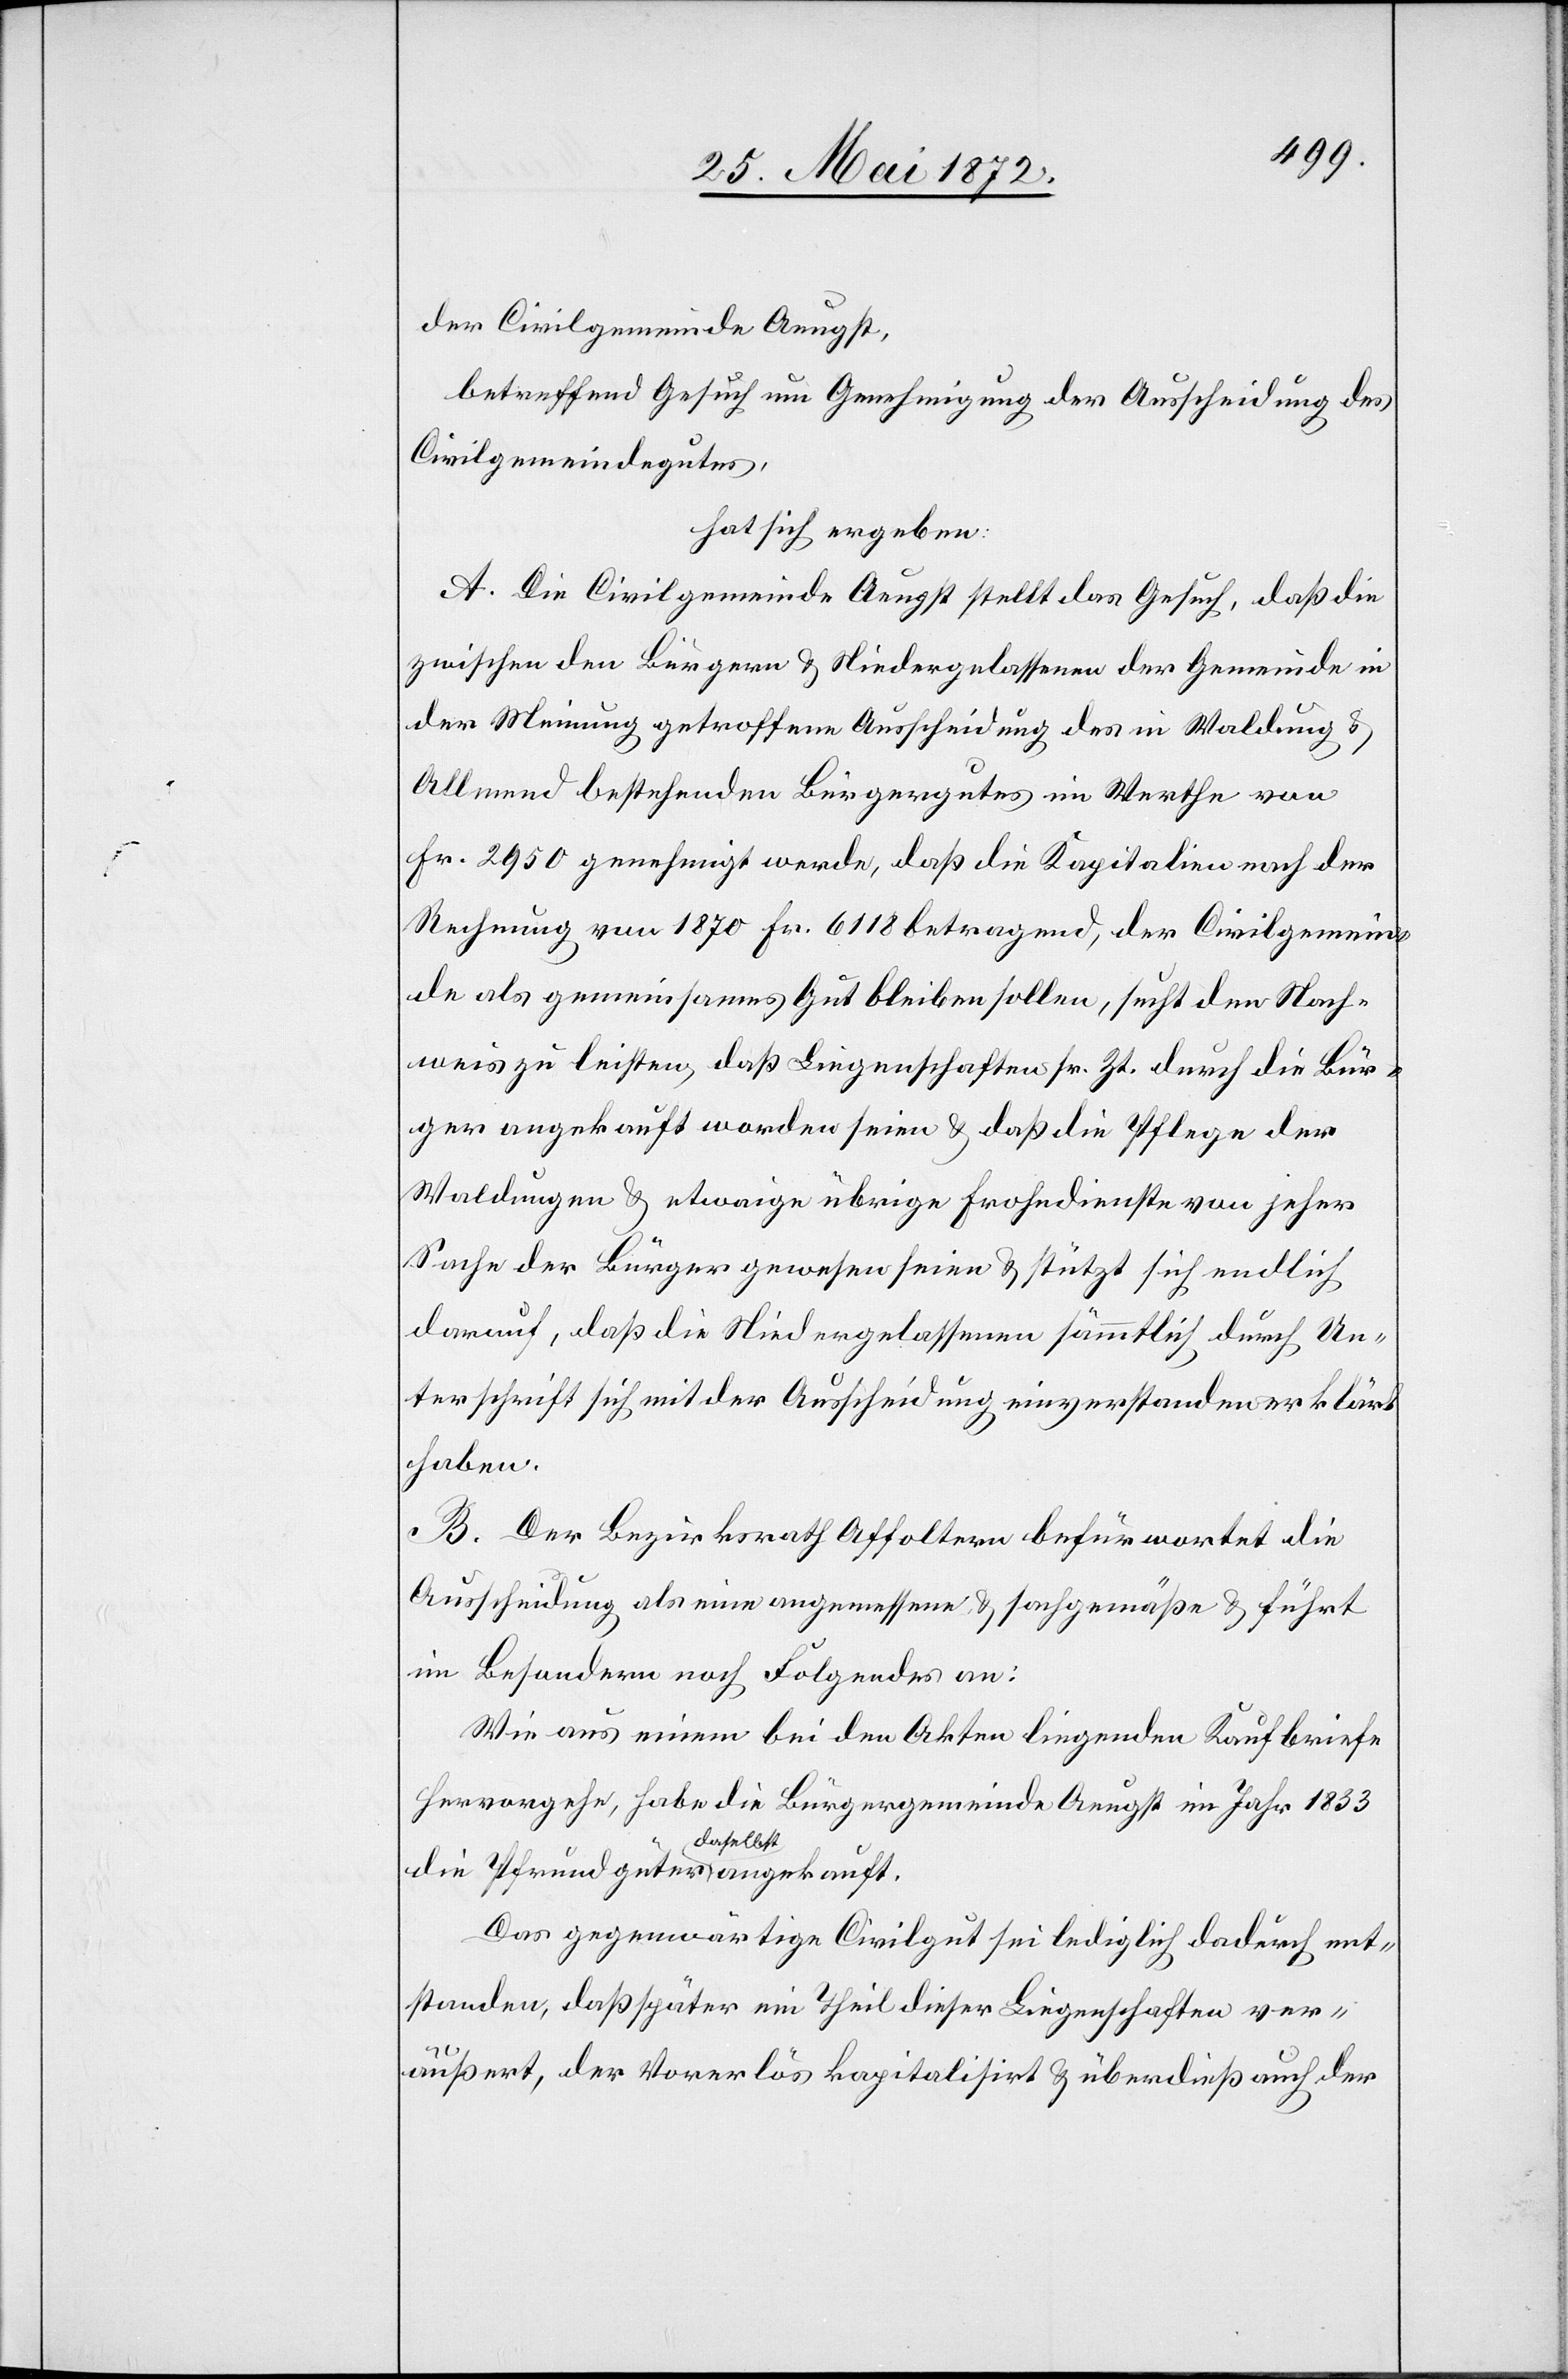
der Civilgemeinde Aeugst,
betreffend Gesuch um Genehmigung der Ausscheidung des
Civilgemeindegutes,
hat sich ergeben:
A. Die Civilgemeinde Aeugst stellt das Gesuch, daß die
zwischen den Bürgern u. Niedergelassenen der Gemeinde in
der Meinung getroffene Ausscheidung des in Waldung u.
Allmend bestehenden Bürgergutes im Werthe von
Fr. 2950 genehmigt werde, daß die Kapitalien nach der
Rechnung von 1870 Fr. 6118 betragend, der Civilgemein¬
de als gemeinsames Gut bleiben sollen, sucht den Nach¬
weis zu leisten, daß Liegenschaften sr. Zt. durch die Bür¬
ger angekauft worden seien u. daß die Pflege der
Waldungen u. etwaige übrige Frohndienste von jeher
Sache der Bürger gewesen seien u. stützt sich endlich
darauf, daß die Niedergelassenen sämmtlich durch Un¬
terschrift sich mit der Ausscheidung einverstanden erklärt
haben.
B. Der Bezirksrath Affoltern befürwortet die
Ausscheidung als eine angemessene u. sachgemäße u. führt
im Besondern noch Folgendes an:
Wie aus einem bei den Akten liegenden Kaufbriefe
hervorgehe, habe die Bürgergemeinde Aeugst im Jahr 1833
daselbst
Das gegenwärtige Civilgut sei lediglich dadurch ent¬
standen, daß später ein Theil dieser Liegenschaften ver¬
äußert, der Vorerlös kapitalisirt u. überdieß auch der